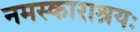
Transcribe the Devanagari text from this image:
नमस्काराश्रयः